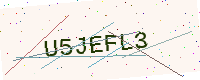
Text: U5JEFL3